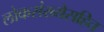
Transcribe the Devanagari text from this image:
लोकसंख्येसहित